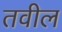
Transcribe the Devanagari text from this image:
तवील